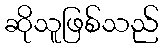
ဆိုသူဖြစ်သည်